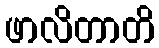
ဖာလိတာတိ